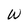
Character: W